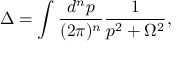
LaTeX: \Delta = \int \frac { d ^ { n } p } { ( 2 \pi ) ^ { n } } \frac { 1 } { p ^ { 2 } + \Omega ^ { 2 } } ,